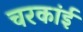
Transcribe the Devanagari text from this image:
चरकांई